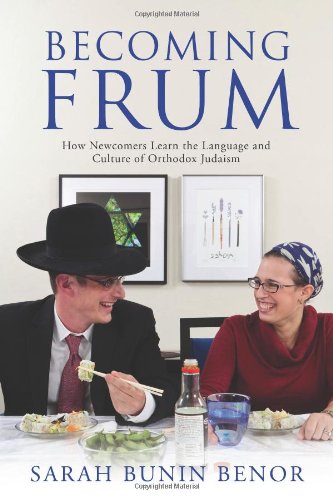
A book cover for Becoming Frum: How Newcomers Learn the Language and Culture of Orthodox Judaism (Jewish Cultures of the World); Sarah Bunin Benor; Religion & Spirituality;